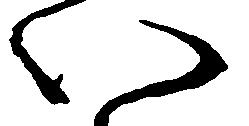
い